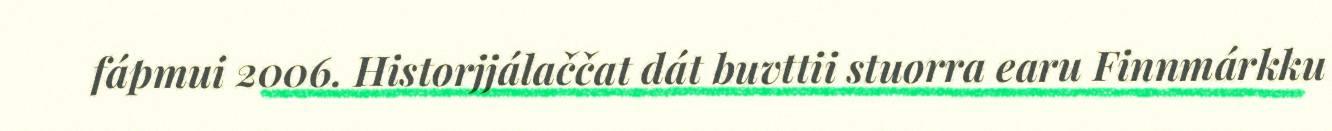
fápmui 2006. Historjjálaččat dát buvttii stuorra earu Finnmárkku